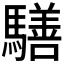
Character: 𩦐